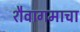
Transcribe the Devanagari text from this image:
शैवागमाचा